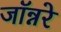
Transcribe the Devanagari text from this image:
जॉन्नरे